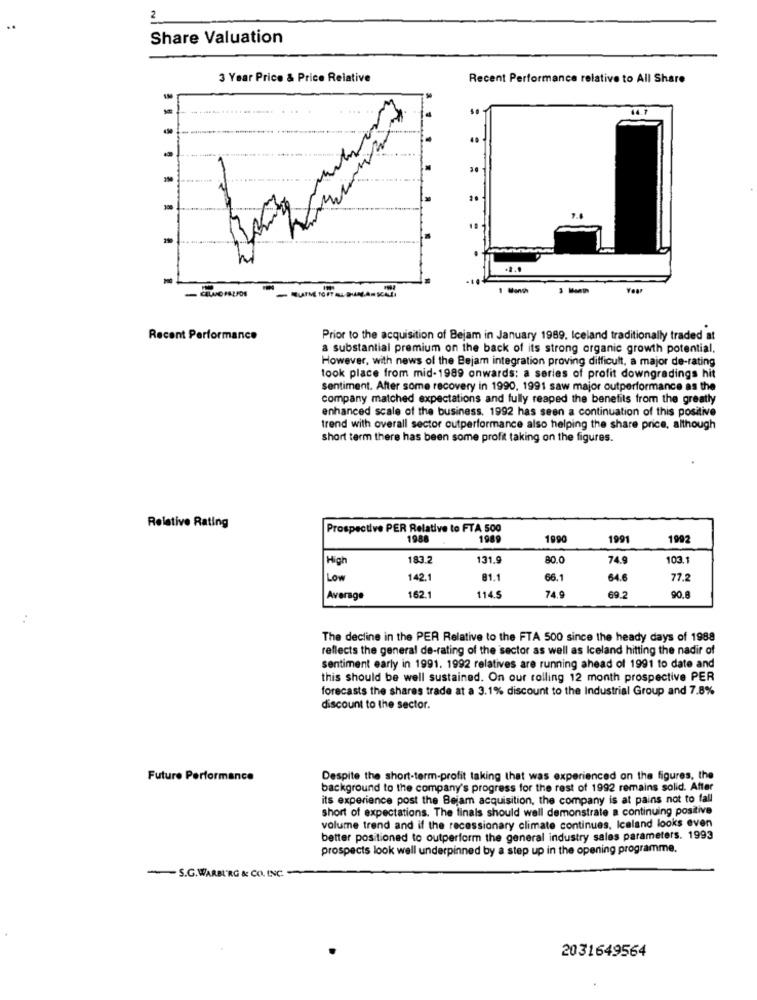
2
..
Share Valuation
3 Year Price & Price Relative
Recent Performance relative to All Share
44.7
Recent Performance
Prior to the acquisition of Bejam in January 1989. Iceland traditionally traded at
a substantial premium on the back of its strong organic growth potential.
However, with news of the Bejam integration proving difficult, a major de-rating
took place from mid-1989 onwards: a series of profit downgradings hit
Sentiment. After some recovery in 1990, 1991 saw major outperformance as the
company matched expectations and fully reaped the benefits from the greatly
enhanced scale of the business, 1992 has seen a continuation of this positive
trend with overall sector outperformance also helping the share price, although
short term there has been some profit taking on the figures.
Relative Rating
Prospective PER Relative to FTA 500
198
1989
1990
1991
1992
High
183.2
131.9
80.0
74.9
103.
Low
142.1
81.1
66.1
64.6
77.2
74.9
Average
162.1
114.5
69.2
90.8
The decline in the PER Relative to the FTA 500 since the heady days of 1988
reflects the general de-rating of the sector as well as Iceland hitting the nadir of
sentiment early in 1991. 1992 relatives are running ahead of 1991 to date and
this should be well sustained. On our rolling 12 month prospective PER
forecasts the shares trade at a 3.1% discount to the Industrial Group and 7.8%
discount to the sector.
Future Performance
Despite the short-term-profit taking that was experienced on the figures, the
background to the company's progress for the rest of 1992 remains solid. After
its experience post the Bejam acquisition, the company is at pains not to fall
short of expectations. The finals should well demonstrate a continuing positive
volume trend and if the recessionary climate continues, Iceland looks even
better positioned to outperform the general industry sales parameters. 1993
prospects look well underpinned by a step up in the opening programme.
S.G.WARBURG & CO. INC.
2031649564